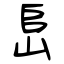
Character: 峊